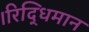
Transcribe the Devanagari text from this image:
।रिद्धिमान